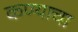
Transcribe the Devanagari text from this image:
कण्याचा